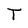
Character: T